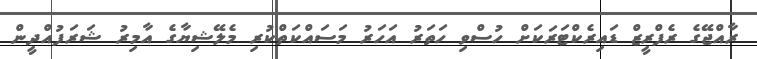
ރާއްޖޭގެ ރެފްރީޒް ޑައިރެކްޓަރަކަށް ހުސްވި ހަތަރު އަހަރު މަސައްކަތްކުރި މެލޭޝިޔާގެ އާމިރު ޝަރަފުއްދީން